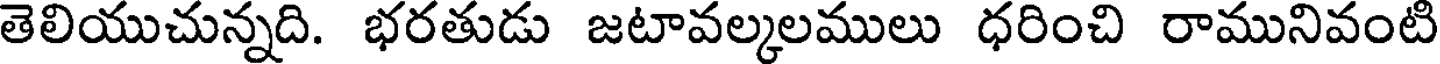
తెలియుచున్నది. భరతుడు జటావల్కలములు ధరించి రామునివంటి